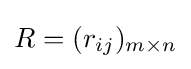
R=(r_{ij})_{m\times n}